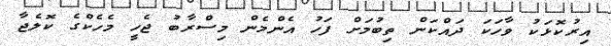
އިރުކޮޅަކު ވާހަކަ ދައްކަން ތިބުމަށް ފަހު އެންމެން މިސްރާބު ޖެހީ މެހެކްގެ ކޮލެޖާ